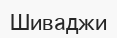
Шиваджи